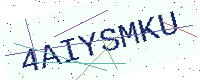
Text: 4AIYSMKU